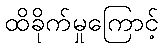
ထိခိုက်မှုကြောင့်